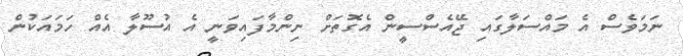
ނަމަވެސް އެ މައްސަލާގައި ޖޭއެސްސީން އެގޮތަށް ނިންމާފައިވަނީ އެ އުސޫލާ އެއް ހަމައަކުން